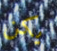
يكن